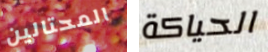
المحتالين الحياكة